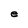
Character: e